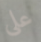
على